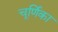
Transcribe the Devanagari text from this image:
चूर्णिका